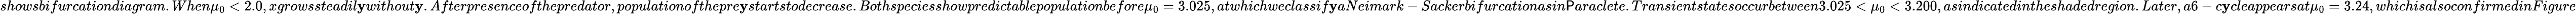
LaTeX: showsbifurcationdiagram.When\mu_{0}<2.0,xgrowssteadil\mathbf{y}without\mathbf{y}.Afterpresenceofthepredator,populationofthepre\mathbf{y}startstodecrease.Bothspeciesshowpredictablepopulationbefore\mu_{0}=3.025,atwhichweclassif\mathbf{y}aNeimark-Sackerbifurcationasin\mathsf{P}araclete.Transientstatesoccurbetween3.025<\mu_{0}<3.200,asindicatedintheshadedregion.Later,a6-c\mathbf{y}cleappearsat\mu_{0}=3.24,whichisalsoconfirmedinFigure